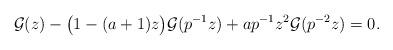
LaTeX: \begin{align*}\mathcal{G}(z)-\big(1-(a+1)z\big)\mathcal{G}(p^{-1}z)+ap^{-1}z^{2}\mathcal{G}(p^{-2}z)=0.\end{align*}